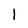
Character: 1